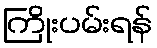
ကြိုးပမ်းရန်